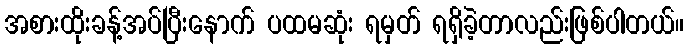
အစားထိုးခန့်အပ်ပြီးနောက် ပထမဆုံး ရမှတ် ရရှိခဲ့တာလည်းဖြစ်ပါတယ်။